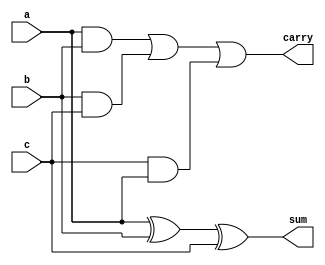
module full_add(a,b,c,carry,sum);
input a,b,c;
output sum,carry;
assign sum=a^b^c;
assign carry=(a&&b)||(b&&c)||(c&&a);
endmodule